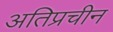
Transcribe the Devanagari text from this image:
अतिप्रचीन